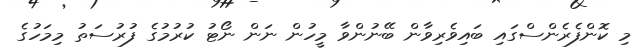
މި ކޮންފެރެންސްގައި ބައިވެރިވާން ބޭނުންވާ މީހުން ނަން ނޯޓު ކުރުމުގެ ފުރުސަތު މިމަހުގެ